Mental hospitals Bombay report 1929-33 - 1929-1933
Year: 1929
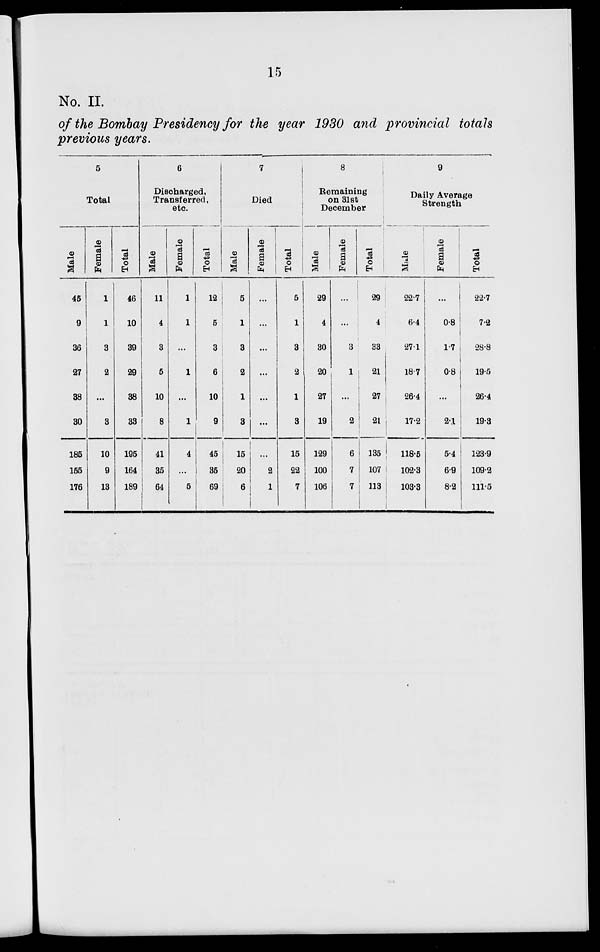
15
No. II.
of the Bombay Presidency for the year 1930 and provincial totals
previous years.
5
Total
Male
45
9
36
27
38
30
185
155
176
Female
1
1
3
2
...
3
10
9
13
Total
46
10
39
29
38
33
195
164
189
6
Discharged,
Transferred,
etc.
Male
11
4
3
5
10
8
41
35
64
Female
1
1
...
1
...
1
4
...
5
Total
12
5
3
6
10
9
45
35
69
7
Died
Male
5
1
3
2
1
3
15
20
6
Female
...
...
...
...
...
...
...
2
1
Total
5
1
3
2
1
3
15
22
7
8
Remaining
on 31 at
December
Male
29
4
30
20
27
19
129
100
106
Female
...
...
3
1
...
2
6
7
7
Total
29
4
33
21
27
21
135
107
113
9
Daily Average
Strength
Male
22.7
6.4
27.1
18.7
26.4
17.2
118.5
102.3
103.3
Female
...
0.8
1.7
0.8
...
2.1
5.4
6.9
8.2
Total
22.7
7.2
28.8
19.5
26.4
19.3
123.9
109.2
111.5